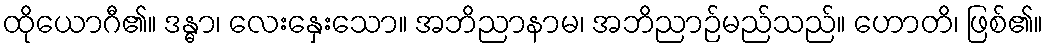
ထိုယောဂီ၏။ ဒန္ဓာ၊ လေးနှေးသော။ အဘိညာနာမ၊ အဘိညာဉ်မည်သည်။ ဟောတိ၊ ဖြစ်၏။